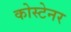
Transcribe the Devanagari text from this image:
कोस्टेनर